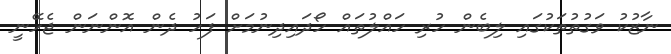
ނާޒުކު ވަގުތުތަކުގައި ލިބެން ހުރި ހައްލުތައް ހޯދައިދިނުމަށް ފަހު ދެން އޮންނަން ޖެހޭނީ